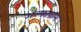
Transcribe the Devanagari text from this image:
अल्फाग्राम